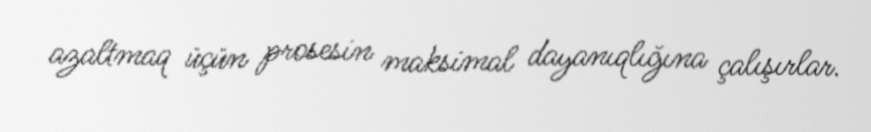
azaltmaq üçün prosesin maksimal dayanıqlığına çalışırlar.